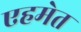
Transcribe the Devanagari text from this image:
एहमेत